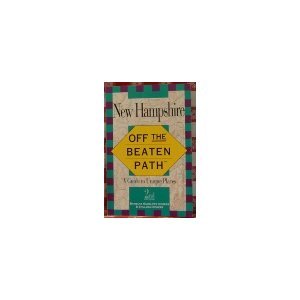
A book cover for Off the Beaten Path - New Hampshire: A Guide to Unique Places (Off the Beaten Path Series.); Barbara Radcliffe Rogers; Travel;